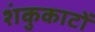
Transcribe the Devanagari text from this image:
शंकुकाटों